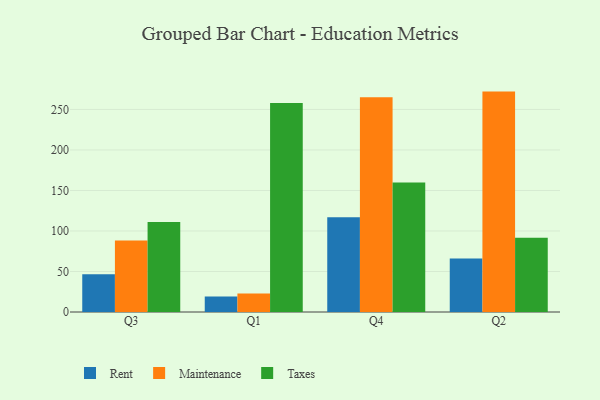
{"axis": {"x": "Quarter", "y": "Latency (ms)"}, "legend": ["Maintenance", "Rent", "Taxes"], "data": [{"x": "Q3", "y": 46.7, "type": "Rent"}, {"x": "Q3", "y": 88.3, "type": "Maintenance"}, {"x": "Q3", "y": 111.1, "type": "Taxes"}, {"x": "Q1", "y": 19.2, "type": "Rent"}, {"x": "Q1", "y": 22.7, "type": "Maintenance"}, {"x": "Q1", "y": 258.0, "type": "Taxes"}, {"x": "Q4", "y": 117.0, "type": "Rent"}, {"x": "Q4", "y": 265.1, "type": "Maintenance"}, {"x": "Q4", "y": 159.7, "type": "Taxes"}, {"x": "Q2", "y": 66.1, "type": "Rent"}, {"x": "Q2", "y": 272.0, "type": "Maintenance"}, {"x": "Q2", "y": 91.7, "type": "Taxes"}]}